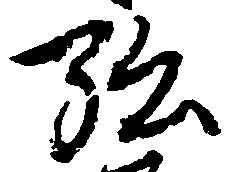
弘